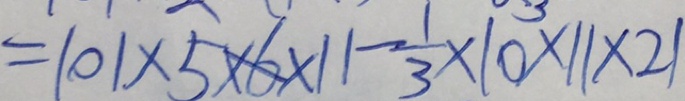
= 1 0 1 \times 5 \times 6 \times 1 1 - \frac { 1 } { 3 } \times 1 0 \times 1 1 \times 2 1